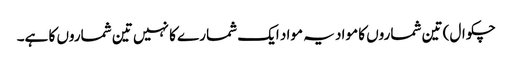
چکوال) تین شماروں کا مواد یہ مواد ایک شمارے کا نہیں تین شماروں کا ہے۔